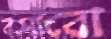
বসাবো